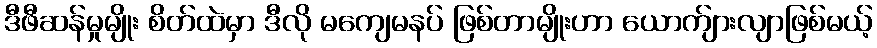
ဒီဖီဆန်မှုမျိုး စိတ်ထဲမှာ ဒီလို မကျေမနပ် ဖြစ်တာမျိုးဟာ ယောက်ျားလျာဖြစ်မယ့်